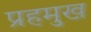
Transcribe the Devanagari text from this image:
प्रहमुख